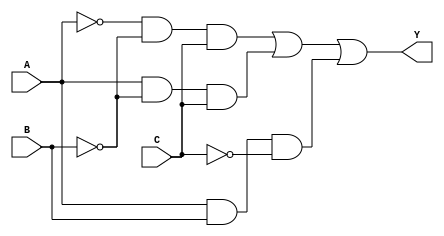
module combinational_logic (
    input wire A,
    input wire B,
    input wire C,
    output wire Y
);

    // Sum of Products (SOP) form
    wire A_not, B_not, C_not;
    wire term1, term2, term3;

    // Logic for SOP
    assign A_not = ~A;
    assign B_not = ~B;
    assign C_not = ~C;

    assign term1 = A_not & B_not & C; // A'B'C
    assign term2 = A & B_not & C;     // AB'C
    assign term3 = A & B & C_not;     // ABC'

    assign Y_sop = term1 | term2 | term3; // Final SOP output

    // Product of Sums (POS) form
    wire sum1, sum2;

    // Logic for POS
    assign sum1 = A | B | C_not; // A + B + C'
    assign sum2 = A_not | B_not | C; // A' + B' + C

    assign Y_pos = sum1 & sum2; // Final POS output

    // Choose the output based on some condition, for example purposes we can just choose SOP
    // In real application, a multiplexer or selection condition would be added
    assign Y = Y_sop; // Output selected SOP

endmodule